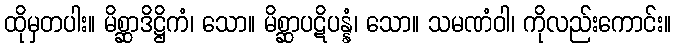
ထိုမှတပါး။ မိစ္ဆာဒိဋ္ဌိကံ၊ သော။ မိစ္ဆာပဋိပန္နံ၊ သော။ သမဏံဝါ၊ ကိုလည်းကောင်း။